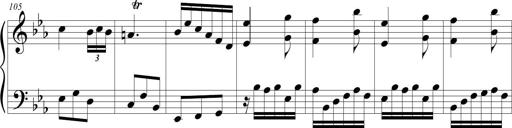
Title: Tiny Tina
Composer: Michel Rondeau
Key: E-flat major